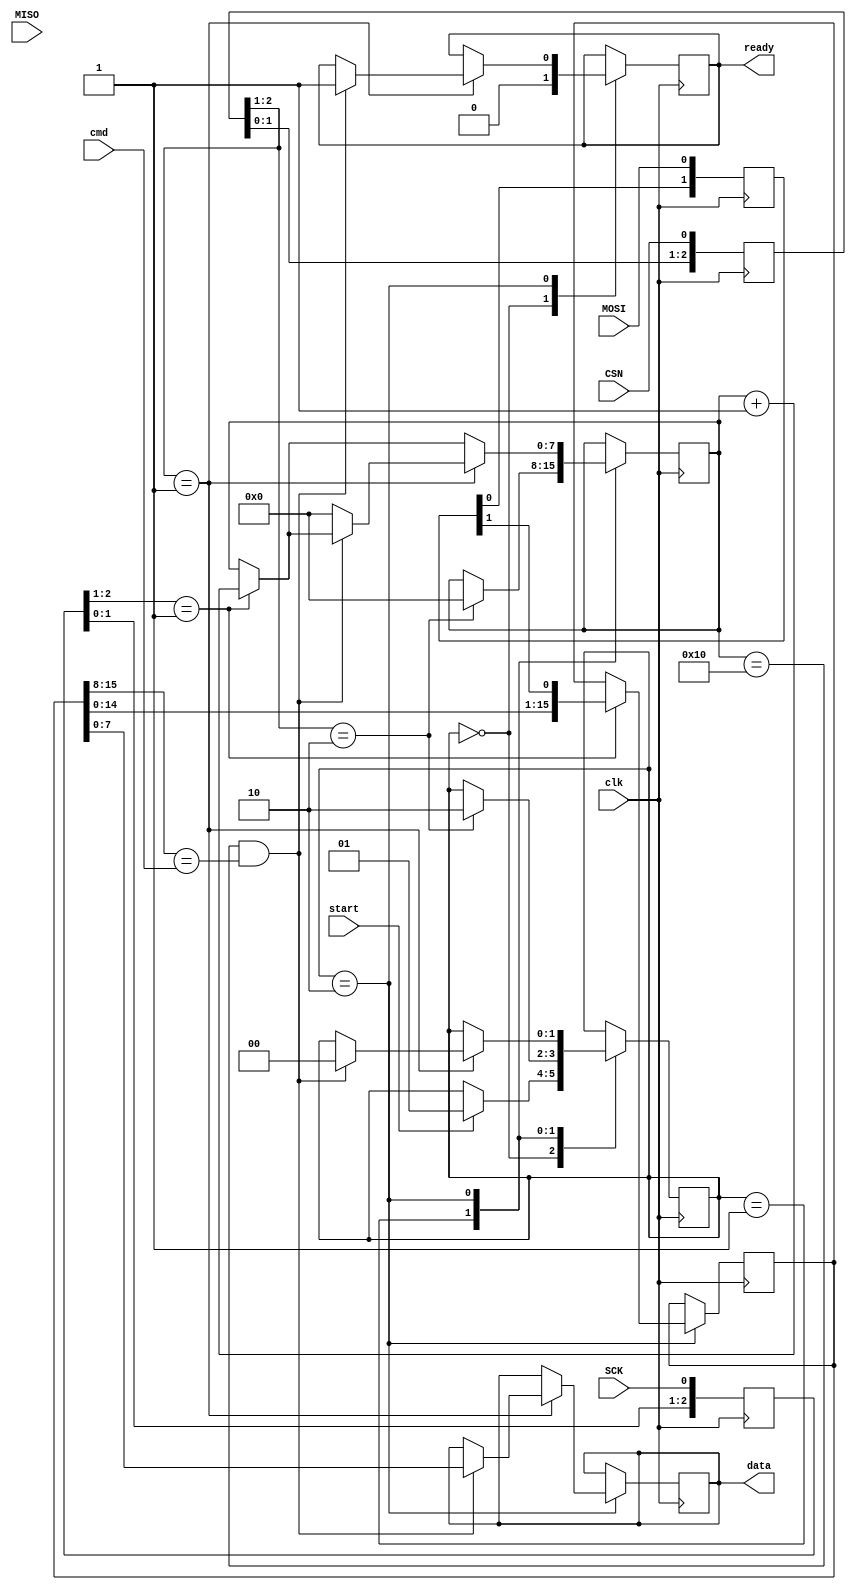
/* SPI bus sniffer, waits for a configured command, notifies and provides data
 * upon this command reception.
 */

module SPI_decode(
  input clk,
  input start,
  input CSN,
  input SCK,
  input MOSI,
  input MISO,
  input [7:0] cmd,
  output reg ready,
  output reg [7:0] data);

//input  clk, start, CSN, SCK, MOSI, MISO, [7:0] cmd;
//output ready, [7:0] data;

//wire [7:0] cmd;
reg [7:0] cmd_buf;
reg [15:0] data_buf;
//assign data = data_buf[7:0];

//reg ready;
reg [1:0] state = 0;

// sync SCK to the FPGA clock using a 3-bits shift register
reg [2:0] SCKr;  always @(posedge clk) SCKr <= {SCKr[1:0], SCK};
wire SCK_risingedge = (SCKr[2:1]==2'b01);  // now we can detect SCK rising edges
wire SCK_fallingedge = (SCKr[2:1]==2'b10);  // and falling edges

// same thing for CSN
reg [2:0] CSNr;  always @(posedge clk) CSNr <= {CSNr[1:0], CSN};
wire CSN_active = ~CSNr[1];  // CSN is active low
wire CSN_startmessage = (CSNr[2:1]==2'b10);  // message starts at falling edge
wire CSN_endmessage = (CSNr[2:1]==2'b01);  // message stops at rising edge

// and for MOSI
reg [1:0] MOSIr;  always @(posedge clk) MOSIr <= {MOSIr[0], MOSI};
wire MOSI_data = MOSIr[1];

reg [7:0] bitcnt;
/*
always @(posedge clk)
begin
  if (!CSN_active)
  begin
    bitcnt <= 4'b0000;
    ready <= 0;
    state <= start;
  end
  else if (SCK_risingedge && state)
  begin
    bitcnt = bitcnt + 4'b0001;
    data_buf = {data_buf[14:0], MOSI_data};
    if (bitcnt == 4'd15)
    begin
      state = 0;
      data = data_buf[15:8];
      ready = 1;
//      if (data_buf[15:8] == cmd)
//        ready <= 1;
    end
  end
//  begin
//    data_buf[7:0] <= 8'h59; // 'Y'
//    state <= 0;
//    ready <= 1;
//  end
end
*/
always @(posedge clk)
begin
  case (state)
  0: begin
      if (start) state <= 1;
      ready <= 0;
    end
  1: begin
      if (CSN_startmessage) begin
        bitcnt <= 0;
        state <= 2;
      end
    end
  2: begin
      if (SCK_risingedge) begin
        bitcnt <= bitcnt + 4'b0001;
        data_buf <= {data_buf[14:0], MOSI_data};
      end
      if (CSN_endmessage) begin
        if (bitcnt == 5'd16 && data_buf[15:8] == cmd) begin
          data <= data_buf[7:0];
          state <= 0;
          ready <= 1;
        end else
          bitcnt <= 0;
        /*
        if (bitcnt[2:0] == 3'd0)
          data <= bitcnt[7:3];
        else
          data <= 8'hFF;
        state <= 0;
        ready <= 1;
        */
      end
    end
  endcase
  /*
  if (!state) begin
    state <= start;
    ready <= 0;
  end else
    if (CSN_startmessage) begin
//      data_buf[15:0] <= 16'd0;
      bitcnt <= 0;
    end
    if (CSN_endmessage) begin
//      if (bitcnt == 5'd16) begin // && data_buf[15:8] == cmd) begin
//        data <= data_buf[7:0];
//        state <= 0;
//        ready <= 1;
//      end else
//        bitcnt <= 0;
      data <= bitcnt;
      state <= 0;
      ready <= 1;
    end
    if (SCK_risingedge) begin
      bitcnt <= bitcnt + 4'b0001;
      data_buf <= {data_buf[14:0], MOSI_data};
    end
  */
end

endmodule